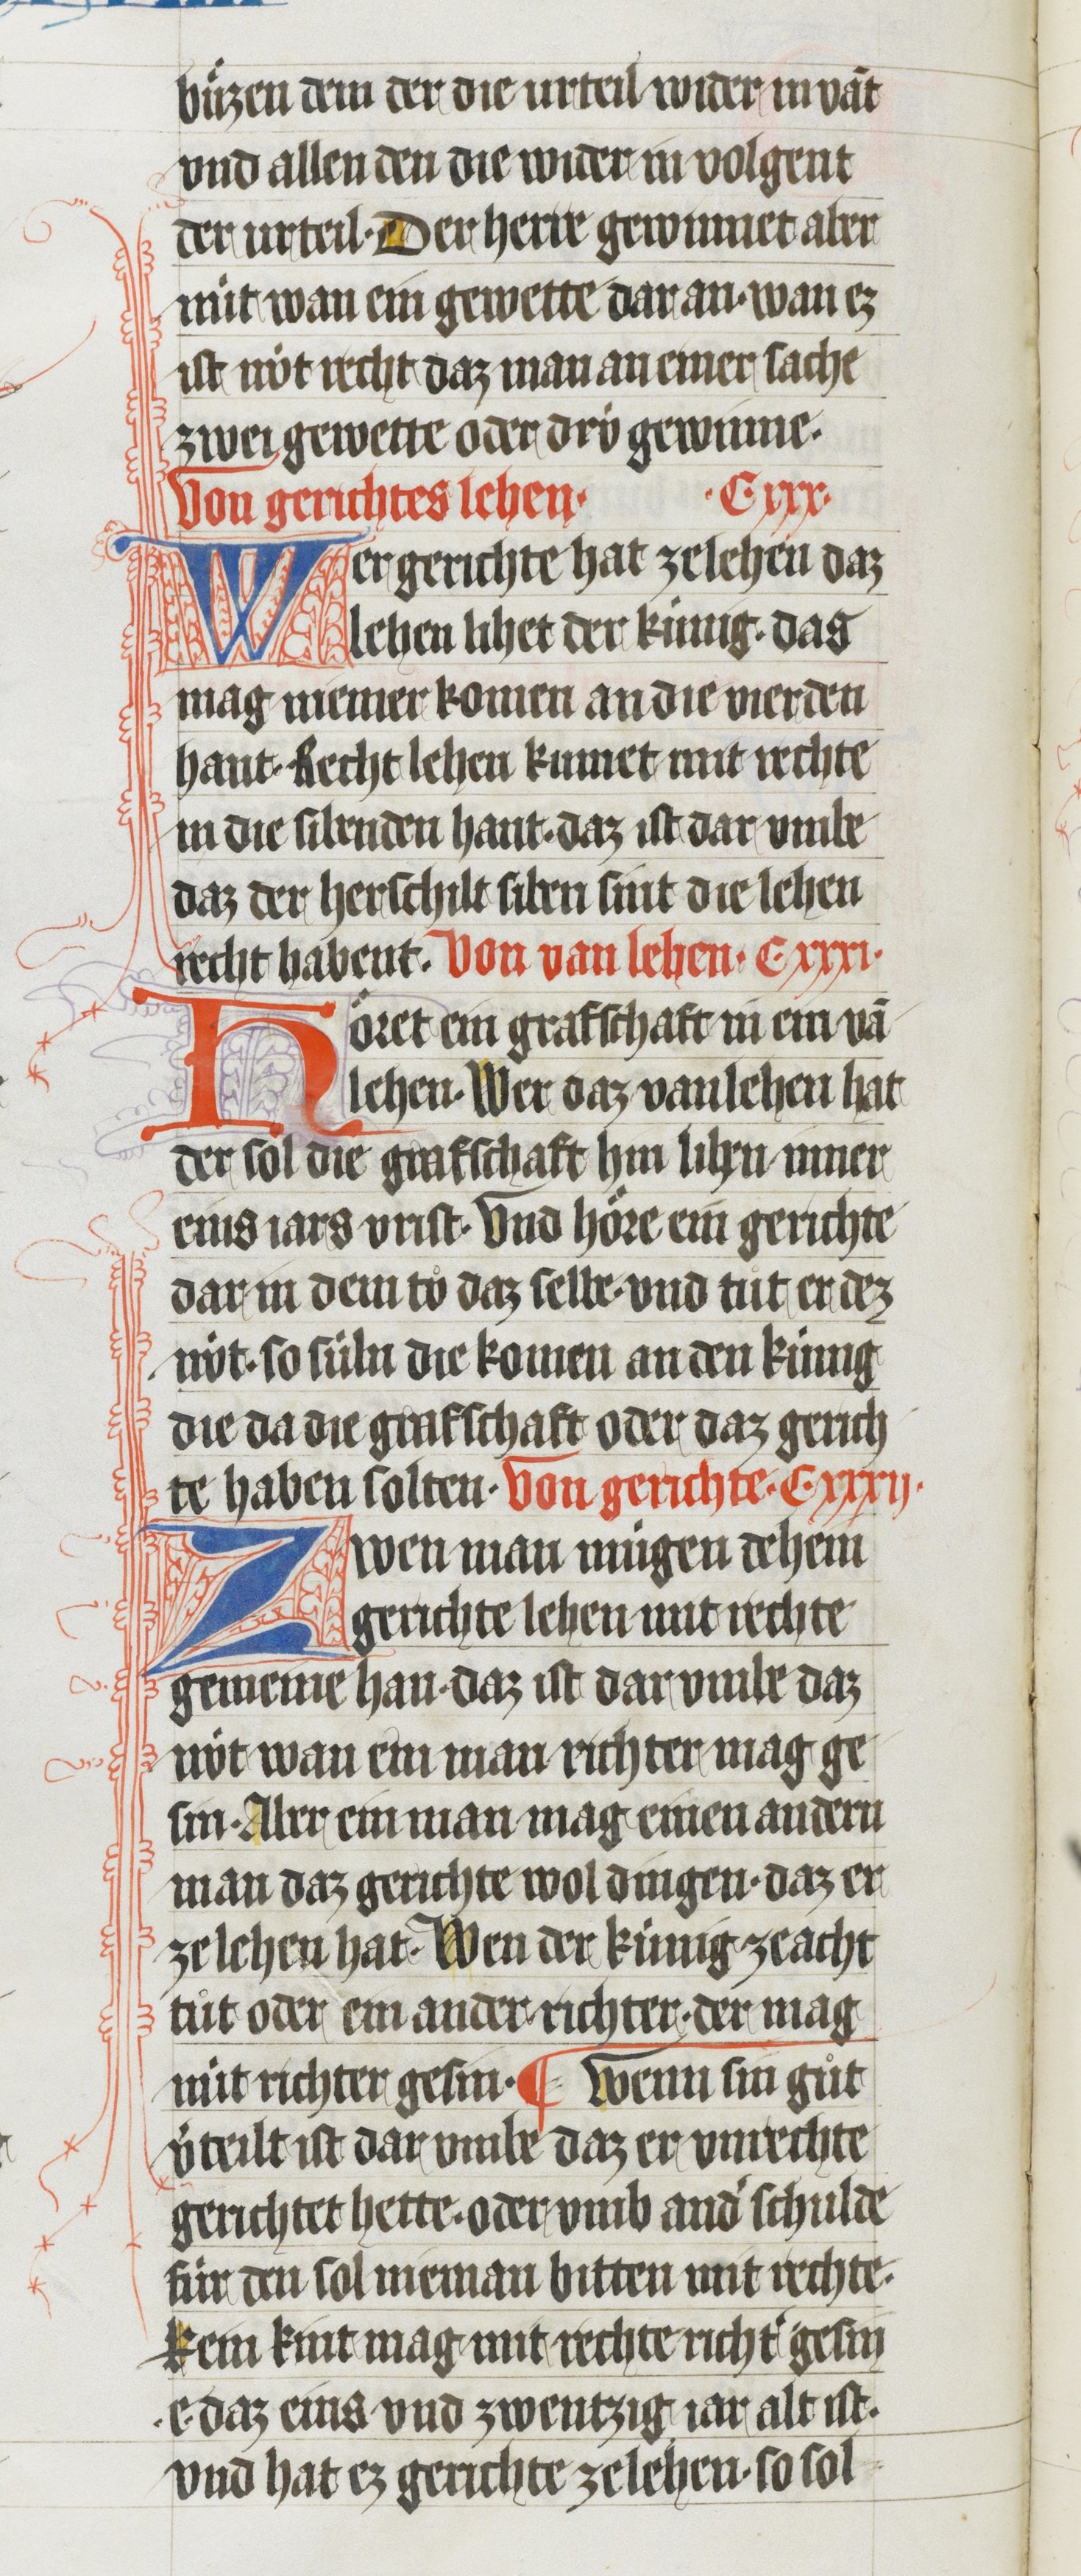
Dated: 1410–1410